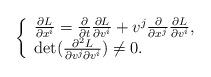
LaTeX: \begin{align*} \left\{ \begin{array}{ll} \frac{\partial L}{\partial x^i}=\frac{\partial}{\partial t}\frac{\partial L}{\partial v^i}+v^j\frac{\partial}{\partial x^j}\frac{\partial L}{\partial v^i},\\\det(\frac{\partial^2 L}{\partial v^j\partial v^i})\neq0. \end{array} \right. \end{align*}